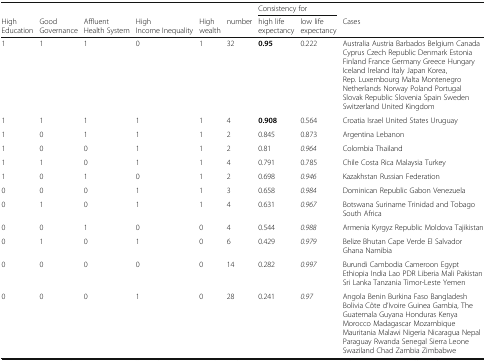
<table><thead><tr><td>[EMPTY_CELL]</td><td>[EMPTY_CELL]</td><td>[EMPTY_CELL]</td><td>[EMPTY_CELL]</td><td>[EMPTY_CELL]</td><td>[EMPTY_CELL]</td><td colspan="2"><b>Consistency for</b></td><td>[EMPTY_CELL]</td></tr><tr><td><b>High Education</b></td><td><b>Good Governance</b></td><td><b>Affluent Health System</b></td><td><b>High Income Inequality</b></td><td><b>High wealth</b></td><td><b>number</b></td><td><b>high life expectancy</b></td><td><b>low life expectancy</b></td><td><b>Cases</b></td></tr></thead><tbody><tr><td>1</td><td>1</td><td>1</td><td>0</td><td>1</td><td>32</td><td><b>0.95</b></td><td>0.222</td><td>Australia Austria Barbados Belgium Canada Cyprus Czech Republic Denmark Estonia Finland France Germany Greece Hungary Iceland Ireland Italy Japan Korea, Rep. Luxembourg Malta Montenegro Netherlands Norway Poland Portugal Slovak Republic Slovenia Spain Sweden Switzerland United Kingdom</td></tr><tr><td>1</td><td>1</td><td>1</td><td>1</td><td>1</td><td>4</td><td><b>0.908</b></td><td>0.564</td><td>Croatia Israel United States Uruguay</td></tr><tr><td>1</td><td>0</td><td>1</td><td>1</td><td>1</td><td>2</td><td>0.845</td><td>0.873</td><td>Argentina Lebanon</td></tr><tr><td>1</td><td>0</td><td>0</td><td>1</td><td>1</td><td>2</td><td>0.81</td><td><i>0.964</i></td><td>Colombia Thailand</td></tr><tr><td>1</td><td>1</td><td>0</td><td>1</td><td>1</td><td>4</td><td>0.791</td><td>0.785</td><td>Chile Costa Rica Malaysia Turkey</td></tr><tr><td>1</td><td>0</td><td>1</td><td>0</td><td>1</td><td>2</td><td>0.698</td><td><i>0.946</i></td><td>Kazakhstan Russian Federation</td></tr><tr><td>0</td><td>0</td><td>0</td><td>1</td><td>1</td><td>3</td><td>0.658</td><td><i>0.984</i></td><td>Dominican Republic Gabon Venezuela</td></tr><tr><td>0</td><td>1</td><td>0</td><td>1</td><td>1</td><td>4</td><td>0.631</td><td><i>0.967</i></td><td>Botswana Suriname Trinidad and Tobago South Africa</td></tr><tr><td>0</td><td>0</td><td>1</td><td>0</td><td>0</td><td>4</td><td>0.544</td><td><i>0.988</i></td><td>Armenia Kyrgyz Republic Moldova Tajikistan</td></tr><tr><td>0</td><td>1</td><td>0</td><td>1</td><td>0</td><td>6</td><td>0.429</td><td><i>0.979</i></td><td>Belize Bhutan Cape Verde El Salvador Ghana Namibia</td></tr><tr><td>0</td><td>0</td><td>0</td><td>0</td><td>0</td><td>14</td><td>0.282</td><td><i>0.997</i></td><td>Burundi Cambodia Cameroon Egypt Ethiopia India Lao PDR Liberia Mali Pakistan Sri Lanka Tanzania Timor-Leste Yemen</td></tr><tr><td>0</td><td>0</td><td>0</td><td>1</td><td>0</td><td>28</td><td>0.241</td><td><i>0.97</i></td><td>Angola Benin Burkina Faso Bangladesh Bolivia Côte d’Ivoire Guinea Gambia, The Guatemala Guyana Honduras Kenya Morocco Madagascar Mozambique Mauritania Malawi Nigeria Nicaragua Nepal Paraguay Rwanda Senegal Sierra Leone Swaziland Chad Zambia Zimbabwe</td></tr></tbody></table>